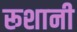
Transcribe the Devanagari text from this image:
रूशानी